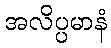
အလိပ္ပမာနံ